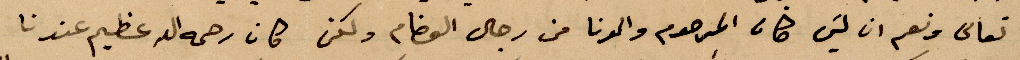
تعالى ونعم ان ليس كان المرحوم والدنا من رجال العظام لوكن كان رحمه الله عظيم عندنا